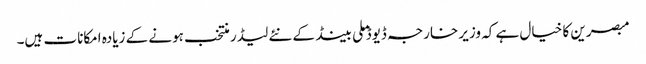
مبصرین کا خیال ہے کہ وزیر خارجہ ڈیوڈ ملی بینڈ کے نئے لیڈر منتخب ہونے کے زیادہ امکانات ہیں۔